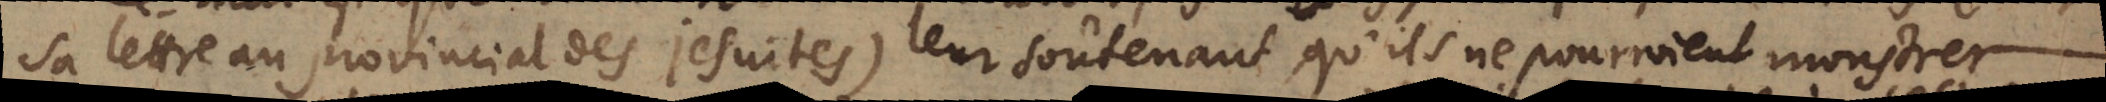
sa lettre au provincial des Jesuites) leur soûtenant qu’ils ne pourroient monstrer